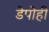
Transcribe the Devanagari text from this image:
डेपोही